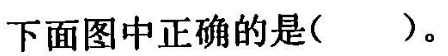
下面图中正确的是( )。